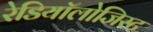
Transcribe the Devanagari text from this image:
रेडियॉलोजिस्ट